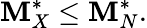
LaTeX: \mathbf{M}_{X}^{*}\le\mathbf{M}_{N}^{*}.